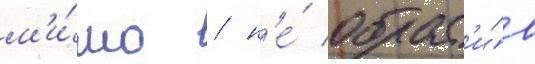
м'и́мо / н'е́ обрат'и́в